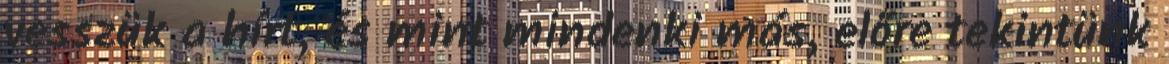
vesszük a hírt, és mint mindenki más, előre tekintünk